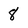
Character: 8